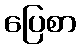
ပြေစာ